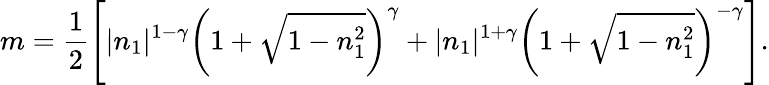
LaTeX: m=\frac{1}{2}\left[|n_{1}|^{1-\gamma}\left(1+\sqrt{1-n_{1}^{2}}\right)^{\gamma}+|n_{1}|^{1+\gamma}\left(1+\sqrt{1-n_{1}^{2}}\right)^{-\gamma}\right].